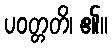
ပဝတ္တတိ၊ ၏။